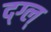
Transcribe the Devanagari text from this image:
द्ग्ल्